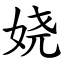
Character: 娆